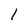
Character: l